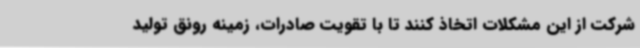
شرکت از این مشکلات اتخاذ کنند تا با تقویت صادرات، زمینه رونق تولید